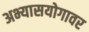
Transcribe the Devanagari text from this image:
अभ्यासयोगावर